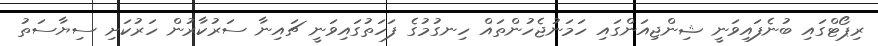
ރިޕޯޓްގައި ބުނެފައިވަނީ ޝިންޖިއަންގައި ހަމަނުޖެހުންތައް ހިނގުމުގެ ފަހަތުގައިވަނީ ޗައިނާ ސަރުކާރުން ހަރުކަށި ސިޔާސަތު